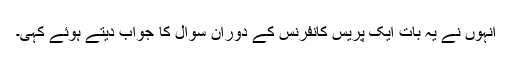
انہوں نے یہ بات ایک پریس کانفرنس کے دوران سوال کا جواب دیتے ہوئے کہی۔